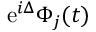
\mathrm { e } ^ { i \Delta } \Phi _ { j } ( t )